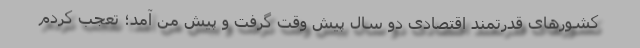
کشورهای قدرتمند اقتصادی دو سال پیش وقت گرفت و پیش من آمد؛ تعجب کردم